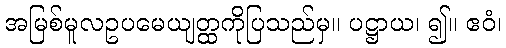
အမြစ်မူလဥပမေယျတ္ထကိုပြသည်မှ။ ပဋ္ဌာယ၊ ၍။ ဧဝံ၊